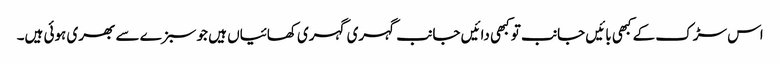
اس سڑک کے کبھی بائیں جانب تو کبھی دائیں جانب گہری گہری کھائیاں ہیں جو سبزے سے بھری ہوئی ہیں۔